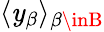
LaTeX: \langle\mathit{y}_{\beta}\rangle_{\beta\inB}